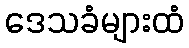
ဒေသခံများထံ